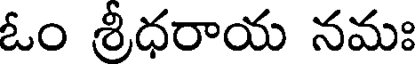
ఓం శ్రీధరాయ నమః